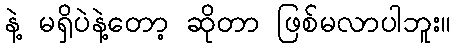
နဲ့ မရှိပဲနဲ့တော့ ဆိုတာ ဖြစ်မလာပါဘူး။